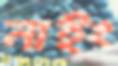
নাইং